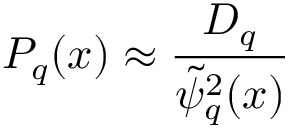
P _ { q } ( x ) \approx \frac { D _ { q } } { \tilde { \psi } _ { q } ^ { 2 } ( x ) }